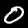
Digit: 0